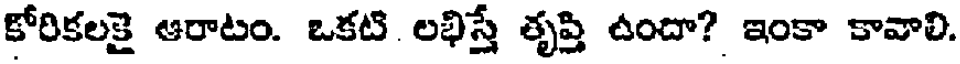
కోరికలకై ఆరాటం. ఒకటి. లభిస్తే తృప్తి ఉందా? ఇంకా కావాలి.